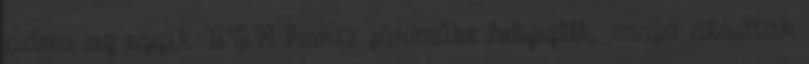
adva az egyik BTR harci járműbe helyezték, majd átadták